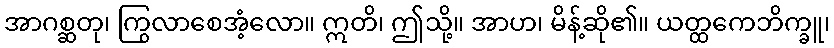
အာဂစ္ဆတု၊ ကြွလာစေအံ့လော။ ဣတိ၊ ဤသို့။ အာဟ၊ မိန့်ဆို၏။ ယတ္ထကေဘိက္ခူ၊